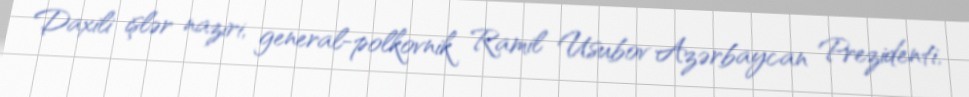
Daxili işlər naziri, general-polkovnik Ramil Usubov Azərbaycan Prezidenti,